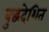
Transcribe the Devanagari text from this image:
बुद्धदेशित